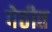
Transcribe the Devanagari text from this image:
पेठीत